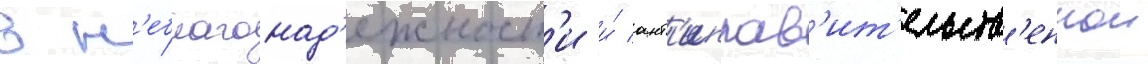
в н'еблагонад'ежност'и и́ ант'иправ'ит'ельств'еннои